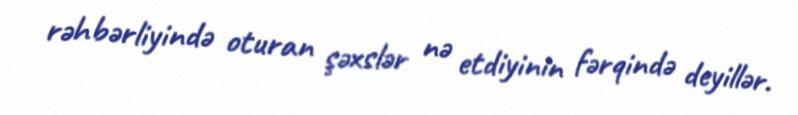
rəhbərliyində oturan şəxslər nə etdiyinin fərqində deyillər.